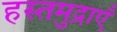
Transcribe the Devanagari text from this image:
हस्तमुद्राएँ